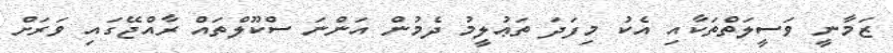
ޒަމާނީ ވަސީލަތްތަކާއި އެކު މިފަދަ ތަޢުލީމު ދެމުން އަންނަ ސްކޫލްތައް ރާއްޖޭގައި ވަރަށް